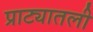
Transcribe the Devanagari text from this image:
प्राट्यातली